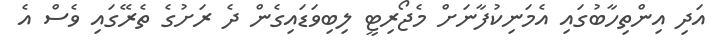
އަދި އިންތިހާބުގައި އެމަނިކުފާނަށް މެޖޯރިޓީ ލިބިވަޑައިގެން ދެ ރަށުގެ ތެރޭގައި ވެސް އެ